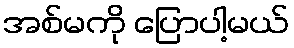
အစ်မကို ပြောပါ့မယ်